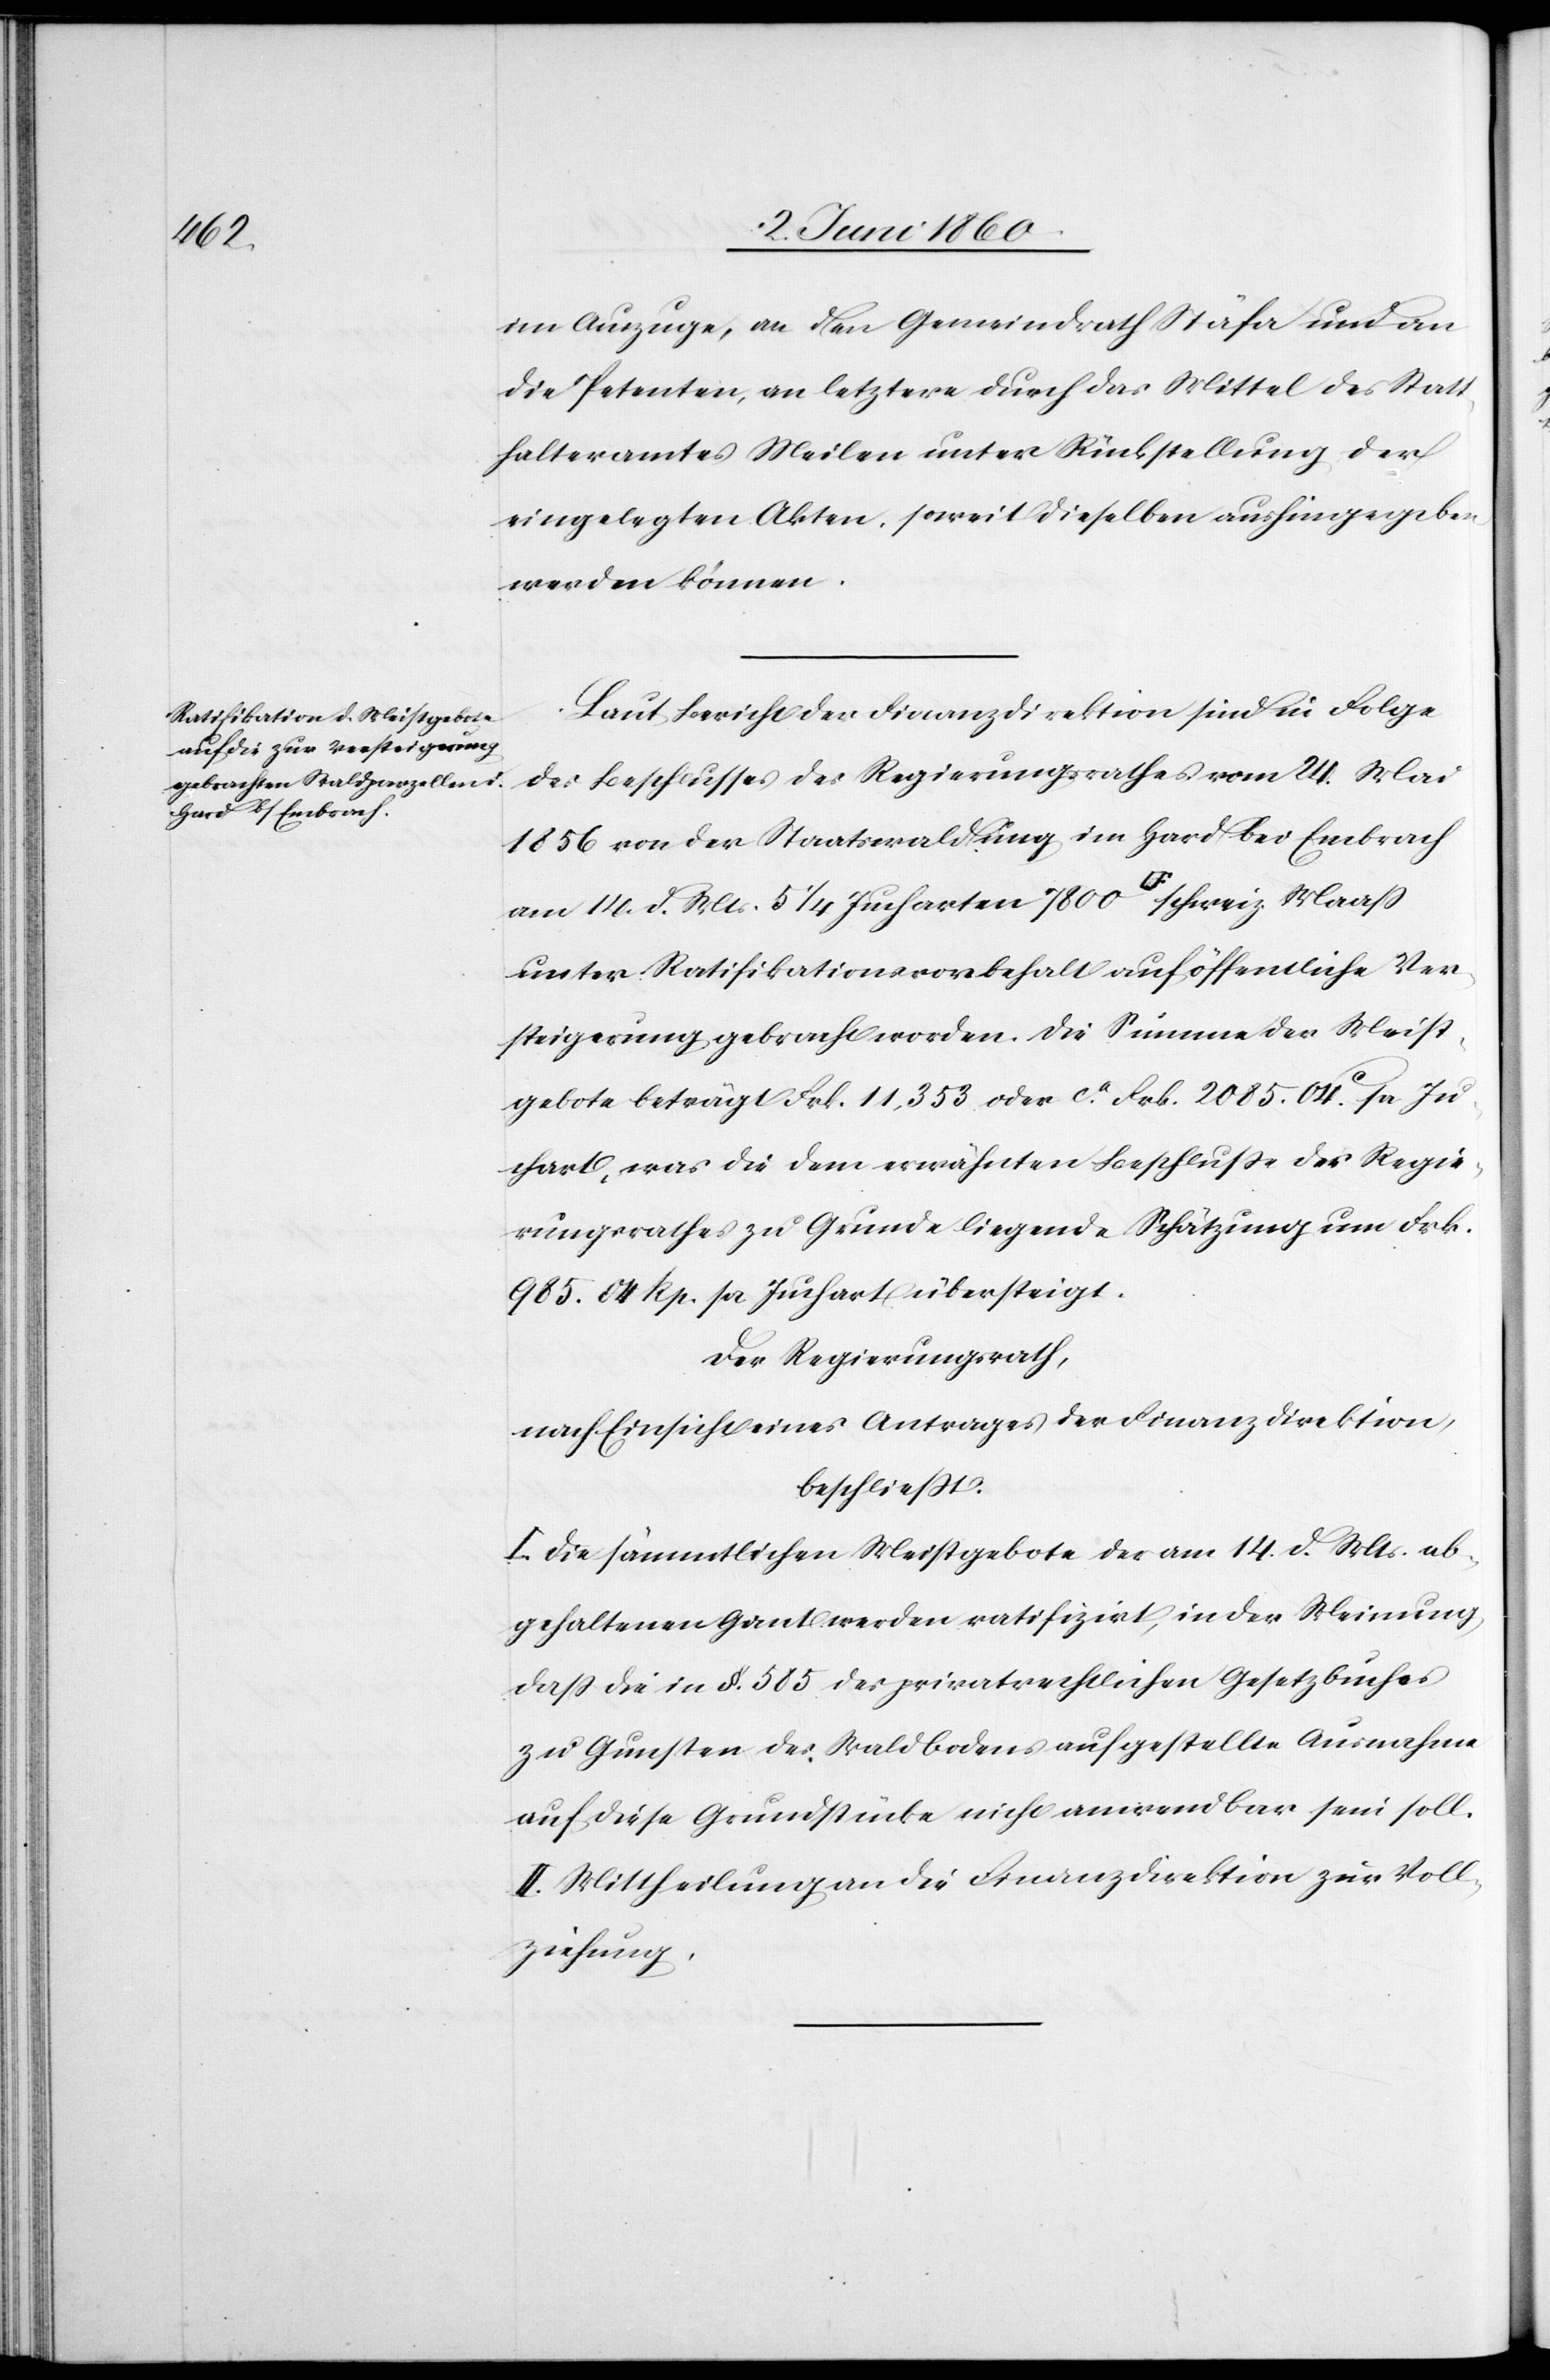
im Auszuge, an den Gemeindrath Stäfa und an
die Petenten, an letztere durch das Mittel des Statt¬
halteramtes Meilen unter Rückstellung der
eingelegten Akten, soweit dieselben aushingegeben
werden können.
Laut Bericht der Finanzdirektion sind in Folge
des Beschlusses des Regierungsrathes vom 24. Mai
1856 von der Staatswaldung im Hard bei Embrach
am 14. d. Mts. 5 1/4 Jucharten 7800 [Quadratfuss] schweiz. Maass
unter Ratifikationsvorbehalt auf öffentliche Ver¬
steigerung gebracht worden. Die Summe der Meist¬
gebote beträgt Frk. 11,353 oder ca Frk. 2085. 04C pr. Ju¬
chart, was die dem erwähnten Beschlusse des Regie¬
Schätzung um Frk.
rungsrathes zu Grunde liegende
985 04 Rp. pr. Juchart übersteigt.
Der Regierungsrath,
nach Einsicht eines Antrages der Finanzdirektion,
beschliesst:
I. Die sämmtlichen Meistgebote der am 14. d. Mts. ab¬
gehaltenen Gant werden ratifizirt, in der Meinung,
dass die in §. 585 des privatrechtlichen Gesetzbuches
zu Gunsten des Waldbodens aufgestellte Ausnahme
auf diese Grundstücke nicht anwendbar sein soll.
II. Mittheilung an die Finanzdirektion zur Voll¬
ziehung.